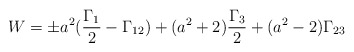
\begin{align*}W = \pm a^2(\frac{\Gamma_1}{2}-\Gamma_{12})+(a^2+2)\frac{\Gamma_3}{2}+(a^2-2)\Gamma_{23}\end{align*}